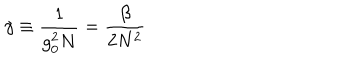
LaTeX: \gamma \equiv { \frac { 1 } { g _ { 0 } ^ { 2 } N } } = { \frac { \beta } { 2 N ^ { 2 } } }